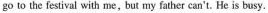
go to the festival with me, but my father can't, He is busy.